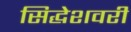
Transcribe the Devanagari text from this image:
सिद्धेशवरी